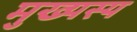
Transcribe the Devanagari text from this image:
मुख्यस्य